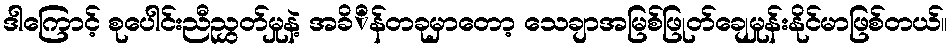
ဒါကြောင့် စုပေါင်းညီညွှတ်မှုနဲ့ အခိိန်တခုမှာတော့ သေချာအမြစ်ဖြုတ်ချေမှုန်းနိုင်မာဖြစ်တယ်။